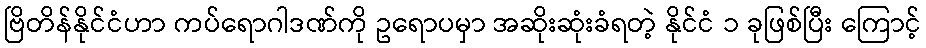
ဗြိတိန်နိုင်ငံဟာ ကပ်ရောဂါဒဏ်ကို ဥရောပမှာ အဆိုးဆုံးခံရတဲ့ နိုင်ငံ ၁ ခုဖြစ်ပြီး ကြောင့်